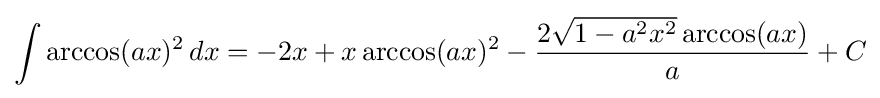
\int \arccos(ax)^{2}\,dx=-2x+x\arccos(ax)^{2}-{\frac {2{\sqrt {1-a^{2}x^{2}}}\arccos(ax)}{a}}+C